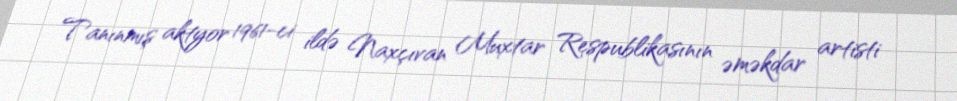
Tanınmış aktyor 1961-ci ildə Naxçıvan Muxtar Respublikasının əməkdar artisti